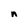
Character: n